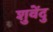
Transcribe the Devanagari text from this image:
शुवेंदु